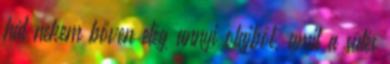
hát nekem bőven elég annyi olajból, amit a sütés